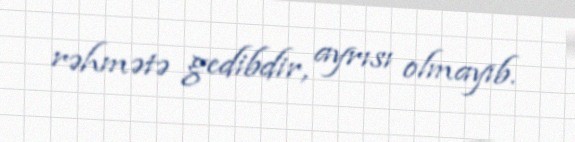
rəhmətə gedibdir, ayrısı olmayıb.